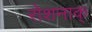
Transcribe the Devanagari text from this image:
रोशनाक्‌